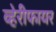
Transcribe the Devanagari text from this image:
व्हेरीफायर